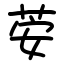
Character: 荌